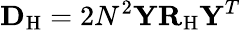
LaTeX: {\mathbf{D}}_{\mathrm{H}}=2N^{2}\mathbf{Y}{\mathbf{R}}_{\mathrm{H}}\mathbf{Y}^{T}